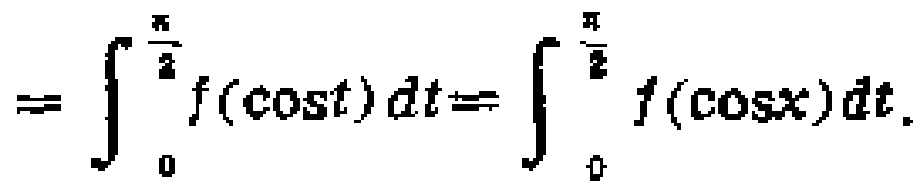
\[
==\int_{0}^{\frac{\pi}{2}} f(\cos t)dt==\int_{0}^{\frac{\pi}{2}} f(\cos x)dt.
\]